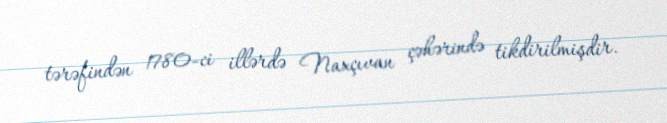
tərəfindən 1780-ci illərdə Naxçıvan çəhərində tikdirilmişdir.